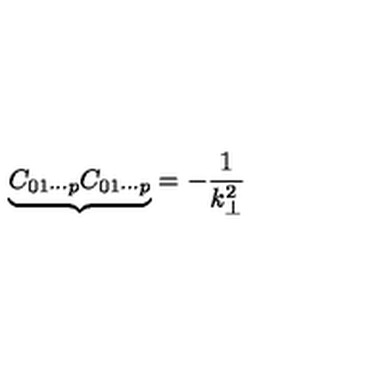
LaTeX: { \underbrace { C _ { 0 1 \cdots p } C _ { 0 1 \cdots p } } } = - \frac { 1 } { k _ { \bot } ^ { 2 } }